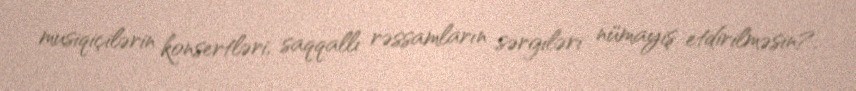
musiqiçilərin konsertləri, saqqallı rəssamların sərgiləri nümayiş etdirilməsin?.